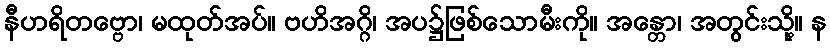
နီဟရိတဗ္ဗော၊ မထုတ်အပ်။ ဗဟိအဂ္ဂိ၊ အပ၌ဖြစ်သောမီးကို။ အန္တော၊ အတွင်းသို့။ န